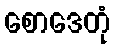
စောဒေတုံ